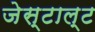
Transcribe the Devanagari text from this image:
जेस्टाल्ट